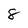
Character: 8